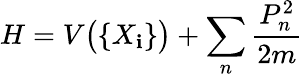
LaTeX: H=V{\bigl(}\{ X_{\mathbf{i}}\} {\bigr)}+\sum_{n}{\frac{{P_{n}^{2}}}{{2m}}}